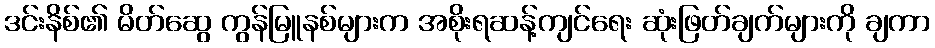
ဒင်းနိစ်၏ မိတ်ဆွေ ကွန်မြူနစ်များက အစိုးရဆန့်ကျင်ရေး ဆုံးဖြတ်ချက်များကို ချကာ